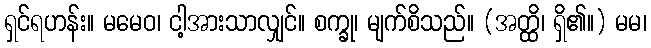
ရှင်ရဟန်း။ မမေဝ၊ ငါ့အားသာလျှင်။ စက္ခု၊ မျက်စိသည်။ (အတ္ထိ၊ ရှိ၏။) မမ၊